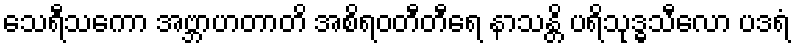
သေရီသကော အဗ္ဘာဟတာတိ အစိရဝတီတီရေ နာသန္တိ ပရိသုဒ္ဓသီလော ပဒရံ